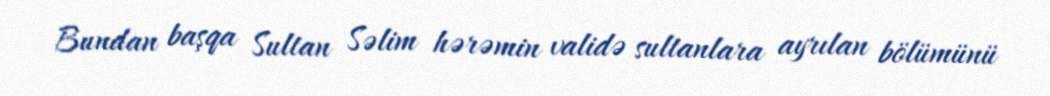
Bundan başqa Sultan Səlim hərəmin validə sultanlara ayrılan bölümünü